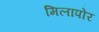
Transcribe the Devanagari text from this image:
मिलापोर